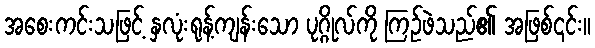
အစေးကင်းသဖြင့် နှလုံးရုန့်ကျန်းသော ပုဂ္ဂိုလ်ကို ကြဉ်ဖဲသည်၏ အဖြစ်၎င်း။